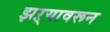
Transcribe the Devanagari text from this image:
झऱ्यावरून